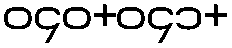
ဝ၄၀+ဝ၄၁+